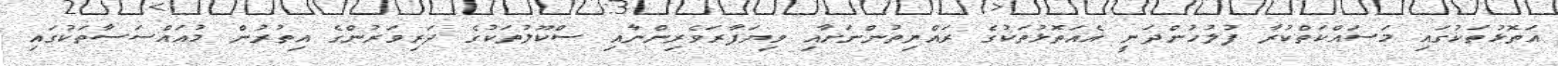
އަތޮޅުތަކުގައި މަސައްކަތްކުރާ ފުލުުހުންދަނީ އެއަތޮޅުތަކުގެ ރައްޔިތުންނަށާއި ވިޔަފާރަވެރިންނާއި ސްކޫލުތަކުގެ ދަރިވަރުންގެ އިތުރުން މުއައްސަސާތަކުގައި